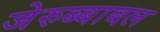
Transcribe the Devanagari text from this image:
जेरुब्बाबल